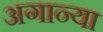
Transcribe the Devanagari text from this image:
अगान्या